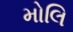
મોલિ